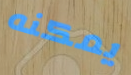
يمكنه